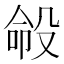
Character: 𪵍